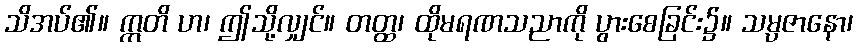
သိအပ်၏။ ဣတိ ဟ၊ ဤသို့လျှင်။ တတ္ထ၊ ထိုမရဏသညာကို ပွားစေခြင်း၌။ သမ္ပဇာနော၊